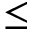
\le